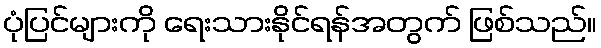
ပုံပြင်များကို ရေးသားနိုင်ရန်အတွက် ဖြစ်သည်။